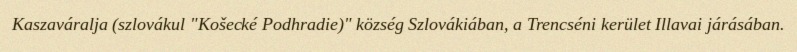
Kaszaváralja (szlovákul "Košecké Podhradie)" község Szlovákiában, a Trencséni kerület Illavai járásában.